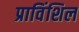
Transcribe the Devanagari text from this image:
प्राविंशिल